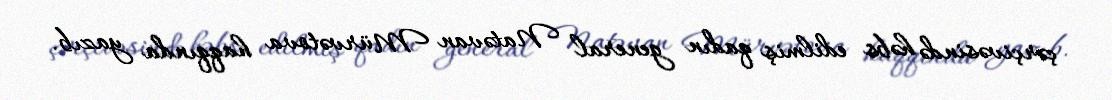
çərçivəsində həbs edilmiş qadın general Natəvan Mürvətova haqqında yazıb.